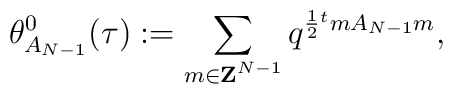
\theta_{A_{N-1}}^0(\tau):= \sum_{m\in{\bf Z}^{N-1}}q^{\frac{1}{2}{}^tm A_{N-1} m},